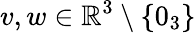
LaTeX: v,w\in\mathbb{R}^{3}\setminus\{ 0_{3}\}